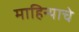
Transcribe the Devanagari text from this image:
माहिन्याचे